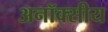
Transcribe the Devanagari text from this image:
अनॉक्सीय